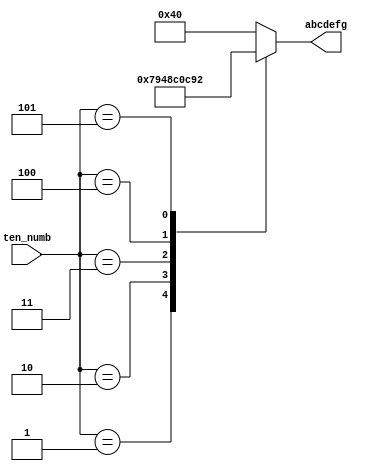
module led_ten(
	input [5:0] ten_numb,
	output reg  [6:0] abcdefg
	);
always @(*) begin
	case (ten_numb)
		0 : abcdefg = 7'b1000000;
		1 : abcdefg = 7'b1111001;
		2 : abcdefg = 7'b0100100;
		3 : abcdefg = 7'b0110000;
		4 : abcdefg = 7'b0011001;
		5 : abcdefg = 7'b0010010;
		default : abcdefg = 7'b1000000;
	endcase
end
endmodule